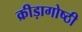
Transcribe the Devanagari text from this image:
क्रीड़ागोष्ठी